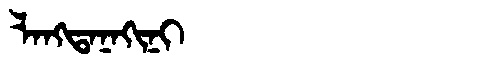
Manchu: ᠯᠠᠩᡨᠠᠨᠠᡴᡳᠨᡳ
Romanization: LANGTANAKINI